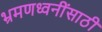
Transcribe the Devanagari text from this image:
भ्रमणध्वनींसाठी